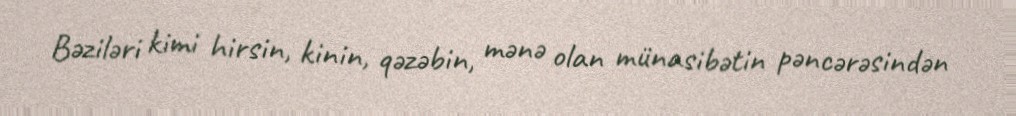
Bəziləri kimi hirsin, kinin, qəzəbin, mənə olan münasibətin pəncərəsindən